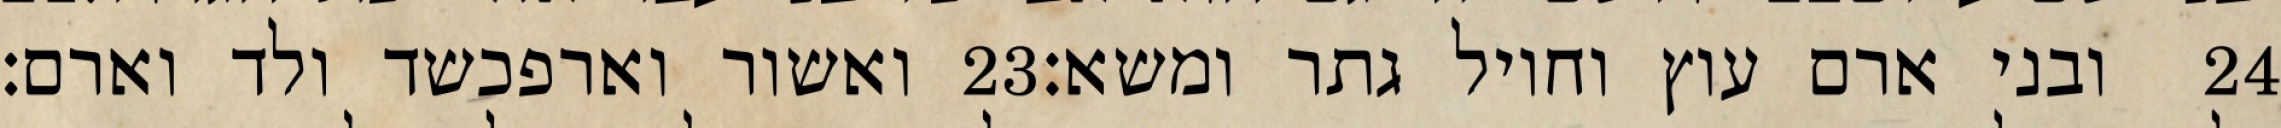
ואשור וארפכשד ולד וארם׃ ‎23‏ ובני ארם עוץ וחויל גתר ומשא׃ ‎24‏